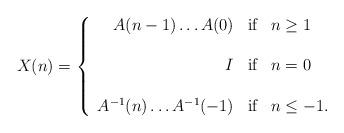
LaTeX: \begin{align*} X(n)=\left\{\begin{array}{rcl} A(n-1)\ldots A(0) & \textnormal{if} & n\geq 1\\\\ I &\textnormal{if} & n=0\\\\ A^{-1}(n)\ldots A^{-1}(-1) & \textnormal{if} & n\leq -1. \end{array}\right.\end{align*}